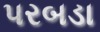
પરબડા